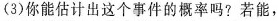
(3)你能估计出这个事件的概率吗?若能，